Madras plague regulations in force outside the Presidency town - Volume 5
Disease focus: Plague
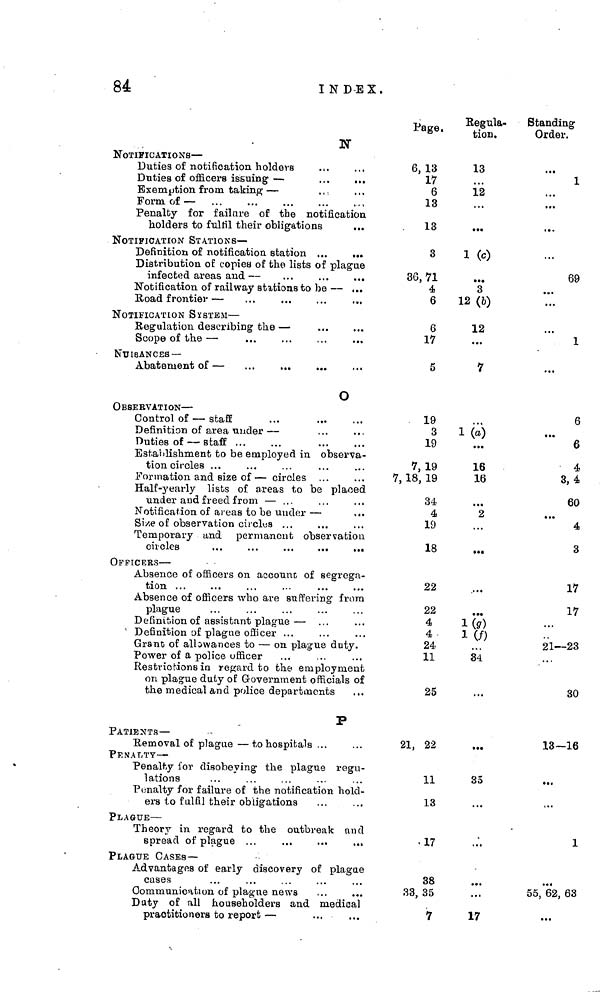
84
INDEX.
N
NOTIFICATIONS —
Duties of notification holders
Exemption from taking —
Form of —
Penalty for failure of the notification,
holders to fulfil their
obligations
NOTIFICATION STATIONS —
Definition of
notification
station
Distribution of copies of the lists of plague
infected areas and —
Notification of railway stations to be —
Road frontier —
NOTIFICATION SYSTEM —
Regulation describing the —
Scope of the —
NUISANCES —
Abatement of —
O
OBSERVATION —
Control of —
staff
Definition of area under
—
Duties of —
staff
Establishment to be employed in observa-
tion circles
formation and size of — circles
Half-yearly lists of areas to be placed
under and freed
from—
Size of observation circles
Temporary and permanent observation
circles
OFFICERS —
Absence of officers on account of segrega-
tion
Absence of officers who are suffering from
plague
Definition of assistant plague —
Definition of plague
officer
Grant of allowances to — on plague duty.
Power of a police officer
Restrictions in regard to the employment
on plague duty of Government officials of
the medical and police departments
P
PATIENTS —
Removal of plague — to hospitals
PENALTY —
Penalty for disobeying the plague regu-
lations
Penalty for failure of the notification hold-
ers to fulfil their obligations
PLAGUE —
Theory in regard to the outbreak and
spread of plague
PLAGUE CASES—
Advantages of early discovery of plague
cases
Communication of plague news
Duty of all householders and medical
Page.
6, 13
17
6
13
13
3
36, 71
4
6
6
17
5
19
3
19
7, 19
7, 18, 19
34
4
19
18
22
22
4
4
24
11
25
21, 22
11
13
17
38
33, 35
7
Regula-
tion.
13
12
1 (c)
3
12 (b)
12
7
1 (a)
16
16
2
1 (g)
1 (f)
34
35
17
Standing
Order.
1
69
1
6
6
4
3, 4
60
4
3
17
17
21—23
30
13-16
1
55/62, 63